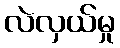
လဲလှယ်မှု